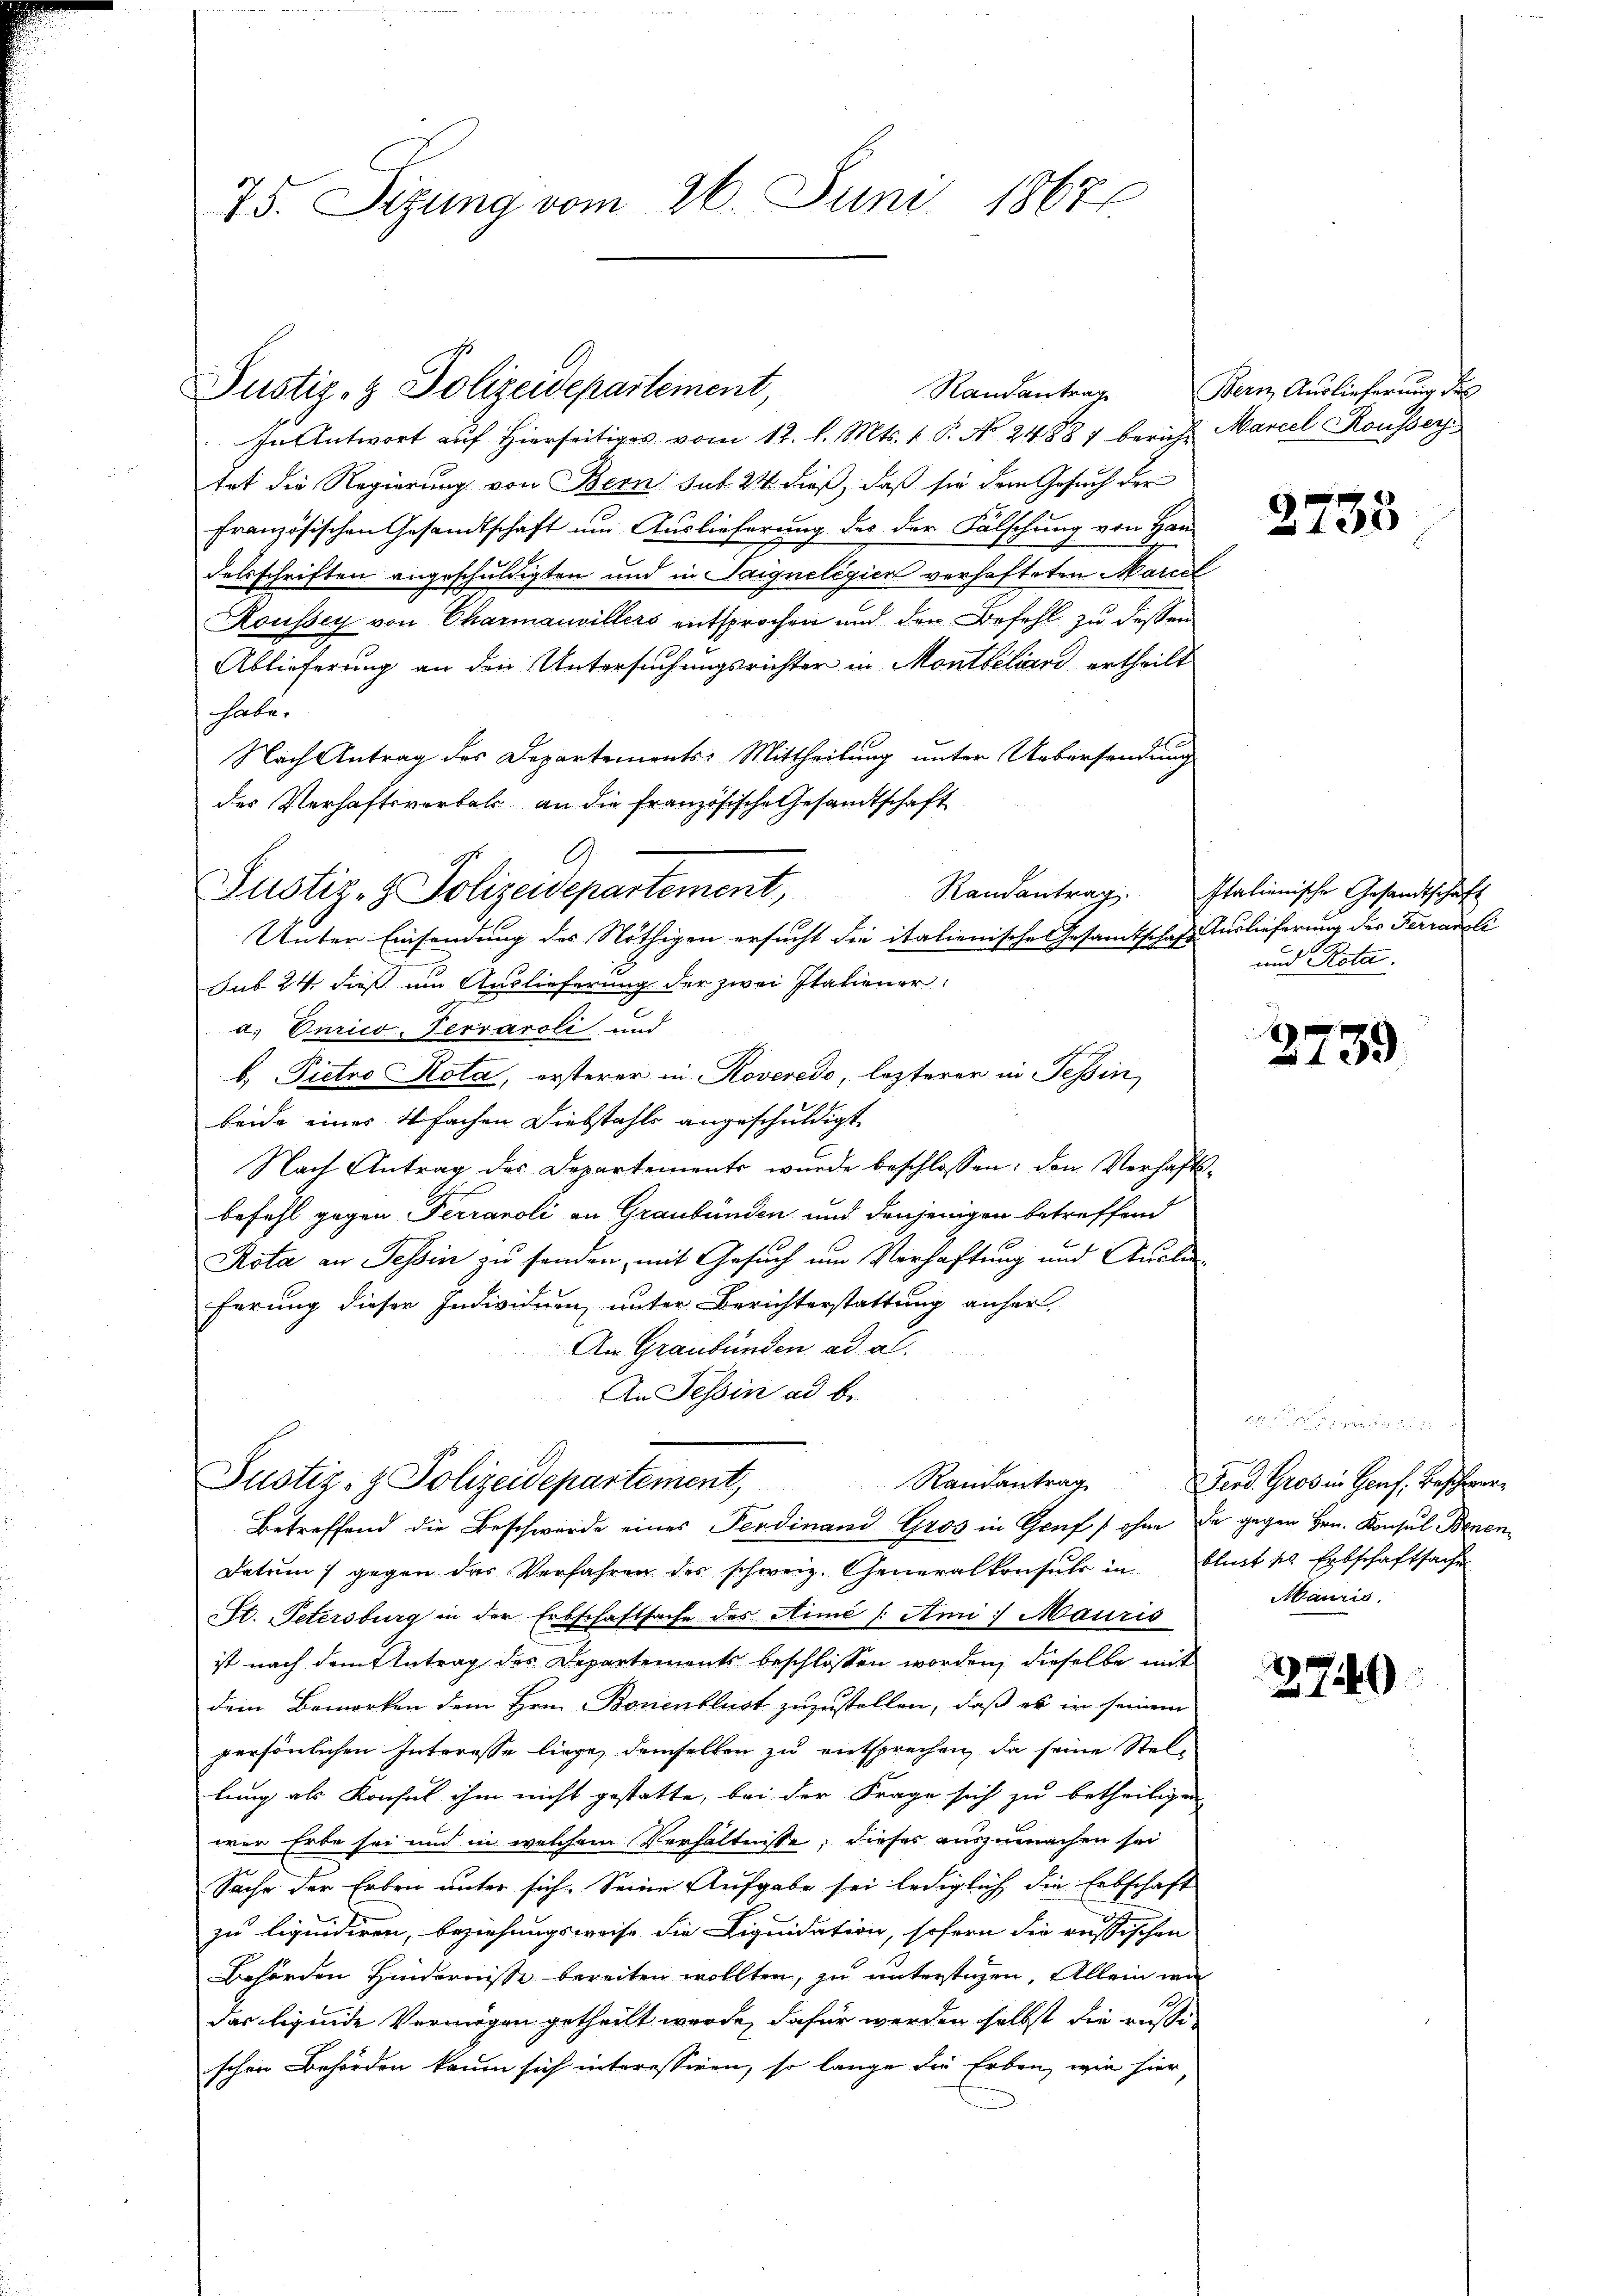
75. Sizung vom 26. Juni 1867

In Antwort auf hierseitiges vom 12. l. Mts. 1. P. No. 24887 beruht Marcel Rousser
tat die Regierung von Bern sub 24 dieß, daß sie dem Gesuch der
französischen Gesandtschaft um Auslieferung des der Fälschung von Handelsschriften angeschuldigten und in Saignelegien verhafteten Marcel
Koussey von Charmauvillers entsprochen und den Befehl zu dessen
Ablieferung an den Untersuchungsrichter in Montbiliard ertheilt
habe.
Nach Antrag des Departements-Mittheilung unter Uebersendung
der Verhaftsverbal an die französische Gesandtschaft
Unter Einsendung des Nöthigen ersucht die italienische Gesamtschaft Auslieferung des Ferrauli
sub 24 dieß um Auslieferung der zwei Italiener:
a. Curico-Terraroli und
b. Pietro Rota, ersterer in Roveredo, lezterer in Tessin
beide eines 4 fachen Diebstahls angeschuldigt.
Nach Antrag des Departements wurde beschlossen: den Verhaftsbefehl gegen Terranoli an Graubünden und denjenigen betreffend
Rota an Tessin zu senden, mit Gesuch um Verhaftung und Auslaferung dieser Individuen, unter Berichterstattung anher
An Graubünden ad al
An Tessin ad b.

Justiz- & Polizeidepartement,

Gr
A
Justiz- & Polizeisepartement,

Justiz- & Polizeidepartement,
Randantrag

Betreffend die Beschwerde eines Ferdinand Gros in Greif / ohne de gegen Hrn. Konsul Benen
Datum gegen das Verfahren des schweiz. Generalkonsuls in blust l. Erbschaftsachen
St. Petersburg in der Erbschaftsache des Himé / Ami Mauris
ist nach dem Antrag des Departements beschlossen worden, dieselbe mit
dem Bemerken dem Hrn. Bonenblust zuzustellen, daß es in seinem
persönlichen Interesse liege, demselben zu entsprechen, da seine Stellung als Konsul ihm nicht gestatte, bei der Frage sich zu betheiligen
wer Erbe sei und in welchem Verhältnisse, dieses auszumachen sei
Sache der Erben unter sich. Seine Aufgabe sei lediglich die Erbschaft
zu liquidiren, beziehungsweise die Liquidation, sofern die russischen
Behörden Hindernisse bereiten wollten, zu unterstagen. Allein wie
das ligende Vermögen getheilt werde, dafür werden selbst die russi-
schen Behörden kaum sich interessiren, so lange die Erben, wie hier,

Randantrag Bern Auslieferung des

2735

Randantrag. Italienische Gesandtschaft
und Rota.

3739

Ferd. Gros in Genf, Beschwer¬
Mauris

2740